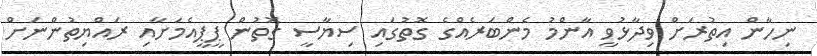
ނިހާން އިތުރަށް ވިދާޅުވީ އާންމު މެންބަރެއްގެ ގޮތުގައި ސިޔާސީ ގޮތުން ޕީޕީއެމަށާއި ރައްޔިތުންނަށް